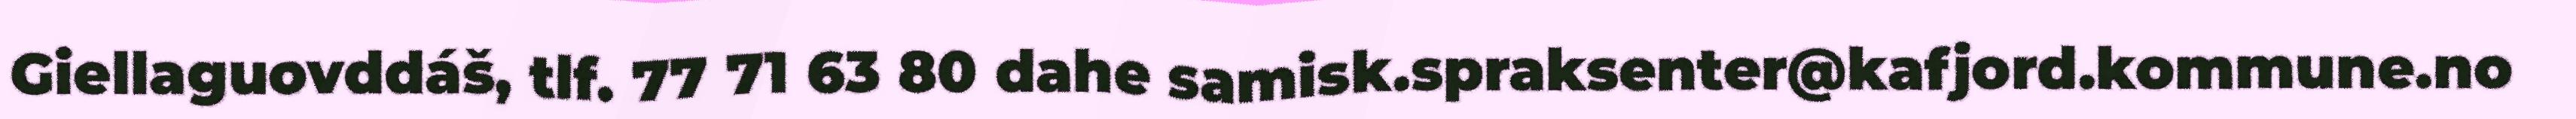
Giellaguovddáš, tlf. 77 71 63 80 dahe samisk.spraksenter@kafjord.kommune.no